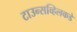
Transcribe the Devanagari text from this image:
टाउन्सव्हिलकडे